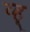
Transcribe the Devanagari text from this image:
य्ह्